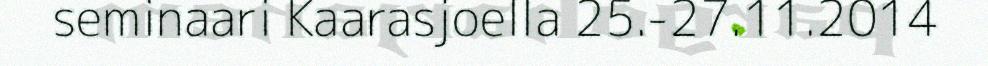
seminaari Kaarasjoella 25.-27.11.2014